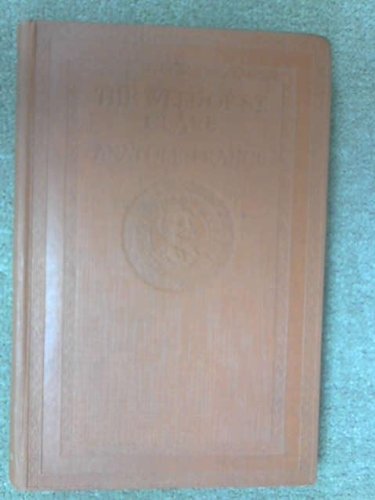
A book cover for The Well of Saint Clare; A. France; Crafts, Hobbies & Home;